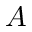
A